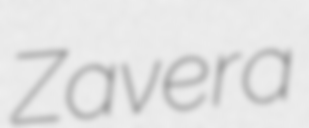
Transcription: Zavera